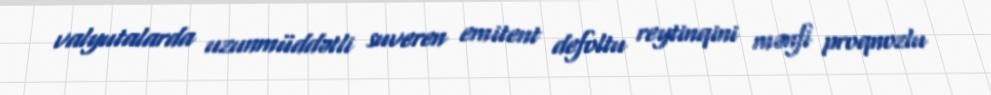
valyutalarda uzunmüddətli suveren emitent defoltu reytinqini mənfi proqnozlu